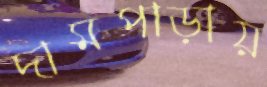
দামপাড়ায়